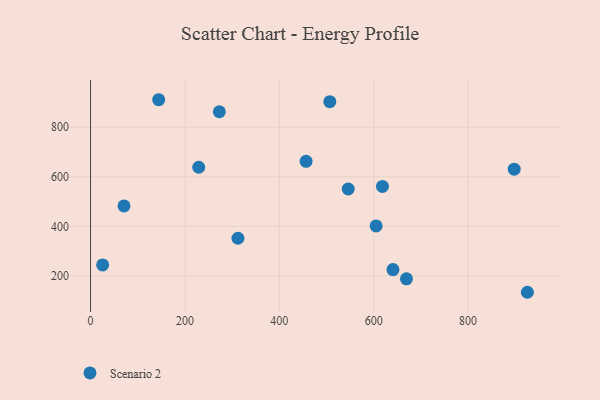
{"axis": {"x": "Study Hours", "y": "Salary"}, "legend": ["Scenario 2"], "data": [{"x": "456.7", "y": 662.4, "type": "Scenario 2"}, {"x": "272.9", "y": 862.6, "type": "Scenario 2"}, {"x": "312.3", "y": 352.1, "type": "Scenario 2"}, {"x": "229.2", "y": 638.7, "type": "Scenario 2"}, {"x": "70.9", "y": 482.5, "type": "Scenario 2"}, {"x": "507.0", "y": 903.1, "type": "Scenario 2"}, {"x": "925.6", "y": 134.1, "type": "Scenario 2"}, {"x": "605.1", "y": 402.0, "type": "Scenario 2"}, {"x": "640.8", "y": 225.5, "type": "Scenario 2"}, {"x": "897.7", "y": 630.8, "type": "Scenario 2"}, {"x": "546.0", "y": 550.9, "type": "Scenario 2"}, {"x": "618.5", "y": 561.4, "type": "Scenario 2"}, {"x": "25.6", "y": 244.5, "type": "Scenario 2"}, {"x": "144.4", "y": 911.1, "type": "Scenario 2"}, {"x": "669.4", "y": 188.5, "type": "Scenario 2"}]}